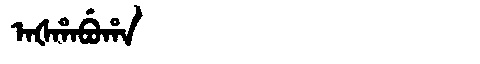
Manchu: ᠠᡧᡥᠠᠪᡠᡥᠠ
Romanization: AŠHABUHA